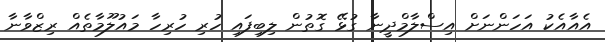
އެއާއެކު އަހަންނަށް އިސްލާމްދީނާ ގުޅޭ ގޮތުން ލިބިފައި ހުރި ހުރިހާ މައުލޫމާތެއް ރިޒްވާނާ